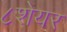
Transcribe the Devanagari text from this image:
८शेयर